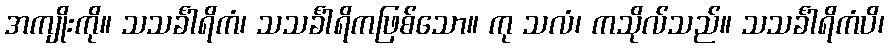
အကျိုးကို။ သသင်္ခါရိကံ၊ သသင်္ခါရိကဖြစ်သော။ ကု သလံ၊ ကသိုလ်သည်။ သသင်္ခါရိကံပိ၊